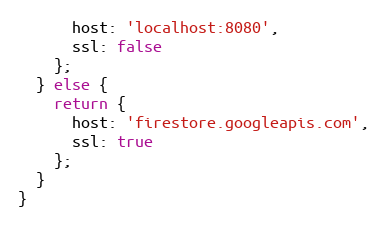
Language: JavaScript
      host: 'localhost:8080',
      ssl: false
    };
  } else {
    return {
      host: 'firestore.googleapis.com',
      ssl: true
    };
  }
}